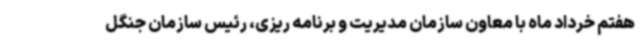
هفتم خرداد ماه با معاون سازمان مدیریت و برنامه ریزی، رئیس سازمان جنگل